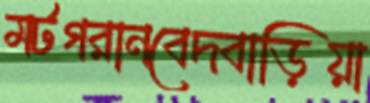
মটগরানবেদবাড়িয়া